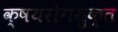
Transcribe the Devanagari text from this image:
क्षयरोगयुक्त